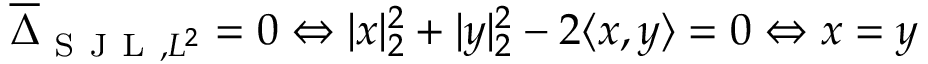
\overline { { \Delta } } _ { \mathrm { ~ S ~ J ~ L ~ } , L ^ { 2 } } = 0 \Leftrightarrow | x | _ { 2 } ^ { 2 } + | y | _ { 2 } ^ { 2 } - 2 \langle x , y \rangle = 0 \Leftrightarrow x = y